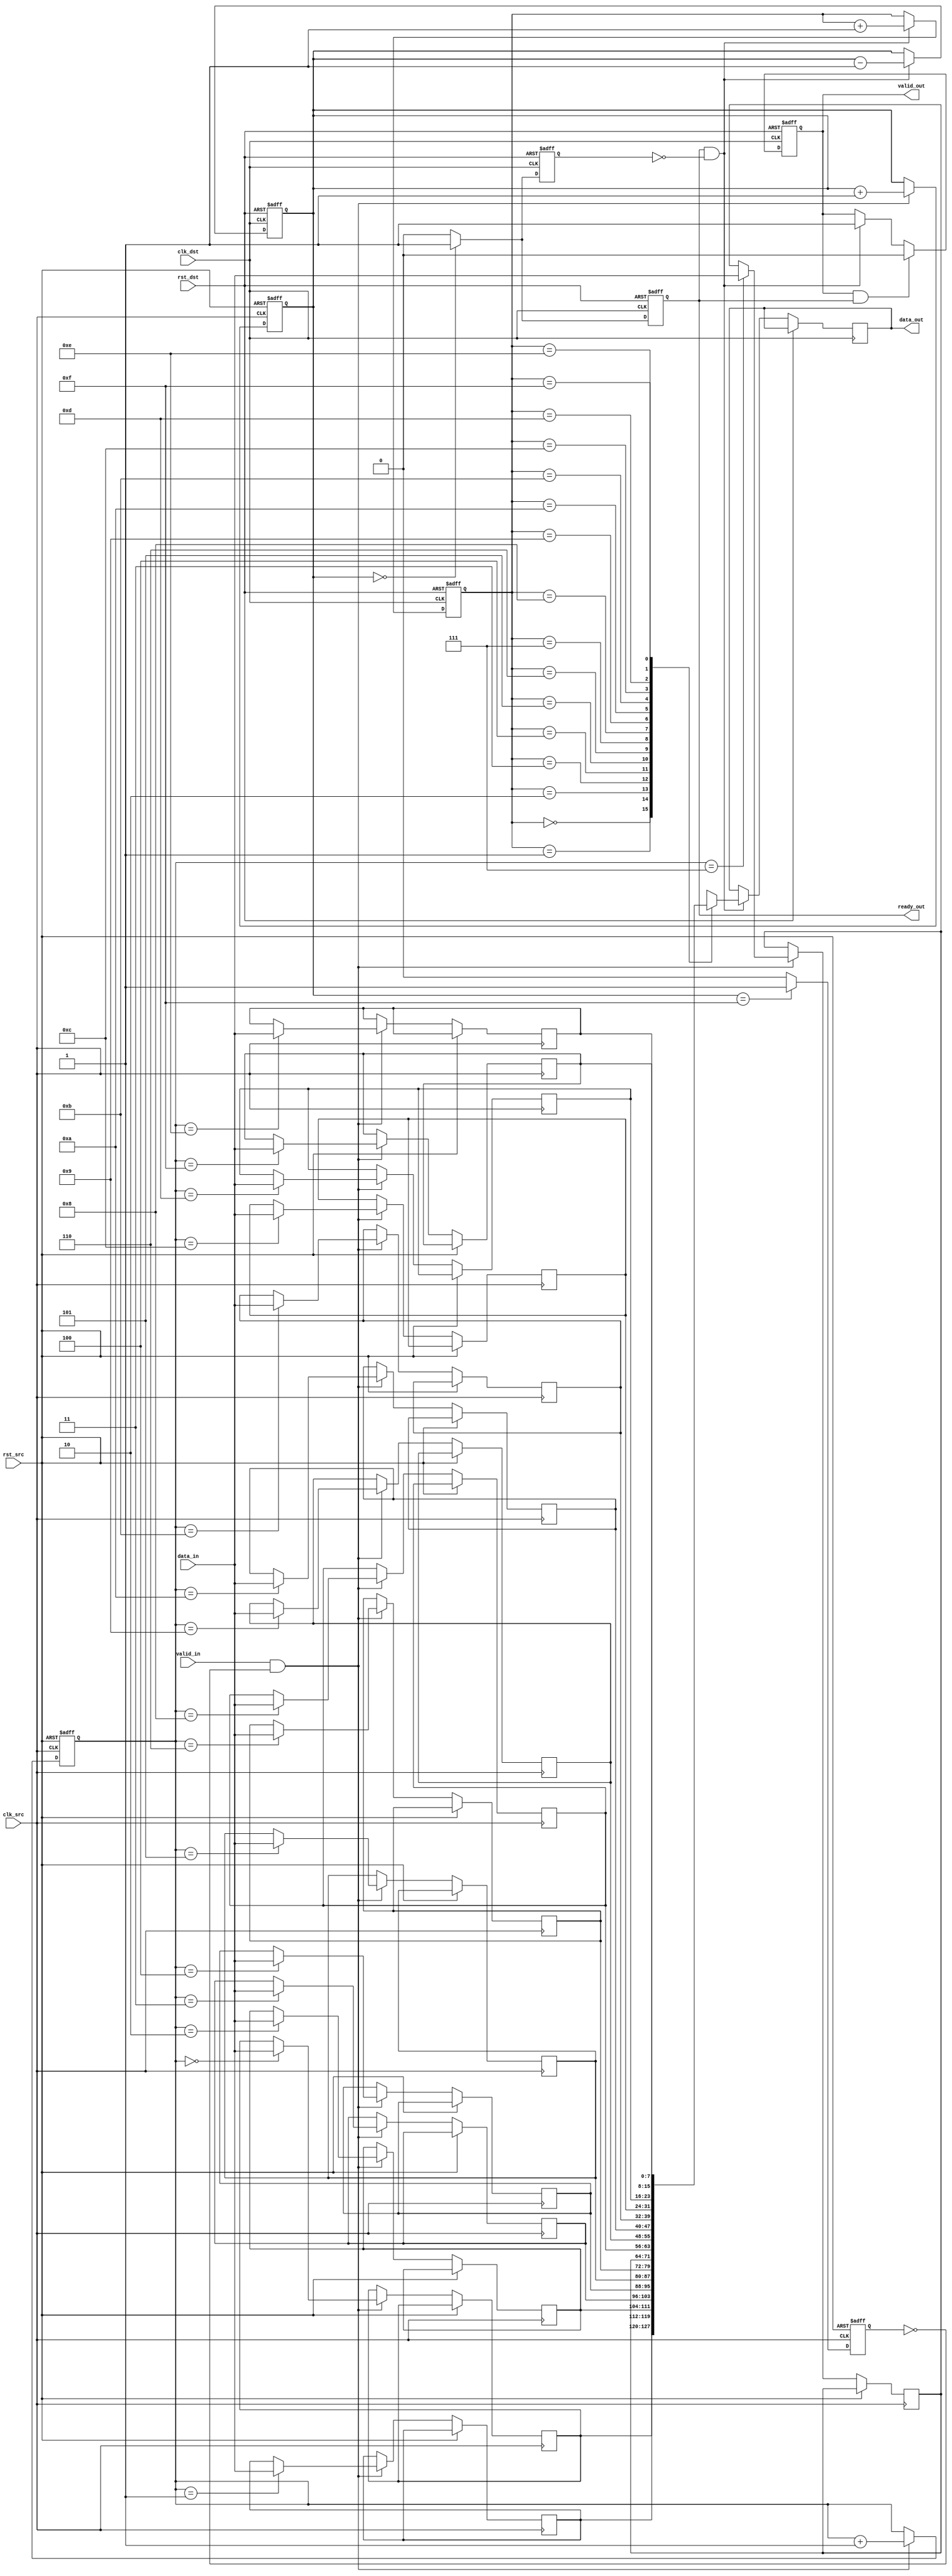
module async_fifo #(parameter DATA_WIDTH = 8, parameter FIFO_DEPTH = 16) (
    input wire clk_src,
    input wire clk_dst,
    input wire rst_src,
    input wire rst_dst,
    input wire [DATA_WIDTH-1:0] data_in,
    input wire valid_in,
    output reg ready_out,
    output reg [DATA_WIDTH-1:0] data_out,
    output reg valid_out
);
    // Internal signals
    reg [DATA_WIDTH-1:0] fifo_mem [0:FIFO_DEPTH-1];
    reg [3:0] wr_pointer, rd_pointer;
    reg [4:0] fifo_count; // 5 bits to count up to FIFO_DEPTH
    reg fifo_full, fifo_empty;

    // Reset logic for source clock domain
    always @(posedge clk_src or posedge rst_src) begin
        if (rst_src) begin
            wr_pointer <= 0;
            fifo_count <= 0;
            fifo_full <= 0;
        end else begin
            if (valid_in && !fifo_full) begin
                fifo_mem[wr_pointer] <= data_in;
                wr_pointer <= wr_pointer + 1;
                fifo_count <= fifo_count + 1;
            end
            if (fifo_count == FIFO_DEPTH - 1) begin
                fifo_full <= 1;
            end else begin
                fifo_full <= 0;
            end
        end
    end

    // Reset logic for destination clock domain
    always @(posedge clk_dst or posedge rst_dst) begin
        if (rst_dst) begin
            rd_pointer <= 0;
            fifo_count <= 0;
            fifo_empty <= 1;
            valid_out <= 0;
            ready_out <= 1; // Start ready
        end else begin
            if (ready_out && !fifo_empty) begin
                data_out <= fifo_mem[rd_pointer];
                valid_out <= 1; // Indicate valid data is available
                rd_pointer <= rd_pointer + 1;
                fifo_count <= fifo_count - 1;
            end

            // Handshake signals
            if (valid_out && ready_out) begin
                valid_out <= 0; // Clear valid signal after it has been read
            end

            // Check if FIFO is empty
            if (fifo_count == 0) begin
                fifo_empty <= 1;
                ready_out <= 1; // Ready to receive more data
            end else begin
                fifo_empty <= 0;
                ready_out <= 0; // Not ready if there is data
            end
        end
    end

    // Synchronization using dual flip-flops
    reg [DATA_WIDTH-1:0] sync_ff1, sync_ff2;
    always @(posedge clk_src or posedge rst_src) begin
        if (rst_src) begin
            sync_ff1 <= 0;
            sync_ff2 <= 0;
        end else begin
            if (valid_in) begin
                sync_ff1 <= data_in; // First stage
            end
        end
    end

    always @(posedge clk_dst or posedge rst_dst) begin
        if (rst_dst) begin
            sync_ff2 <= 0;
        end else begin
            sync_ff2 <= sync_ff1; // Second stage
        end
    end

endmodule